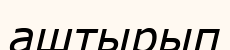
аштырып